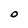
Character: O